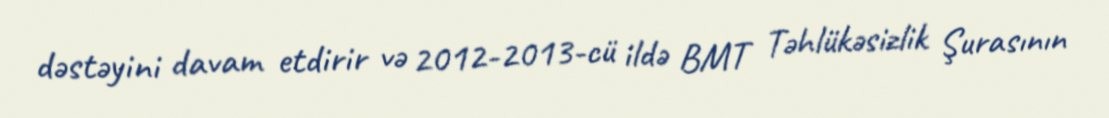
dəstəyini davam etdirir və 2012-2013-cü ildə BMT Təhlükəsizlik Şurasının